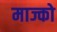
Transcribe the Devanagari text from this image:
माज्को